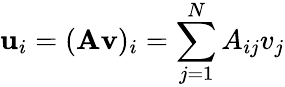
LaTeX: \mathbf{u}_{i}=(\mathbf{A}\mathbf{v})_{i}=\sum_{j=1}^{N}A_{ij}v_{j}